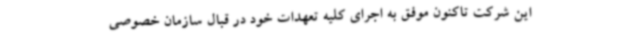
این شرکت تاکنون موفق به اجرای کلیه تعهدات خود در قبال سازمان خصوصی